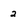
Character: 2